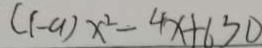
( 1 - a ) x ^ { 2 } - 4 x + b ^ { 2 } > 0